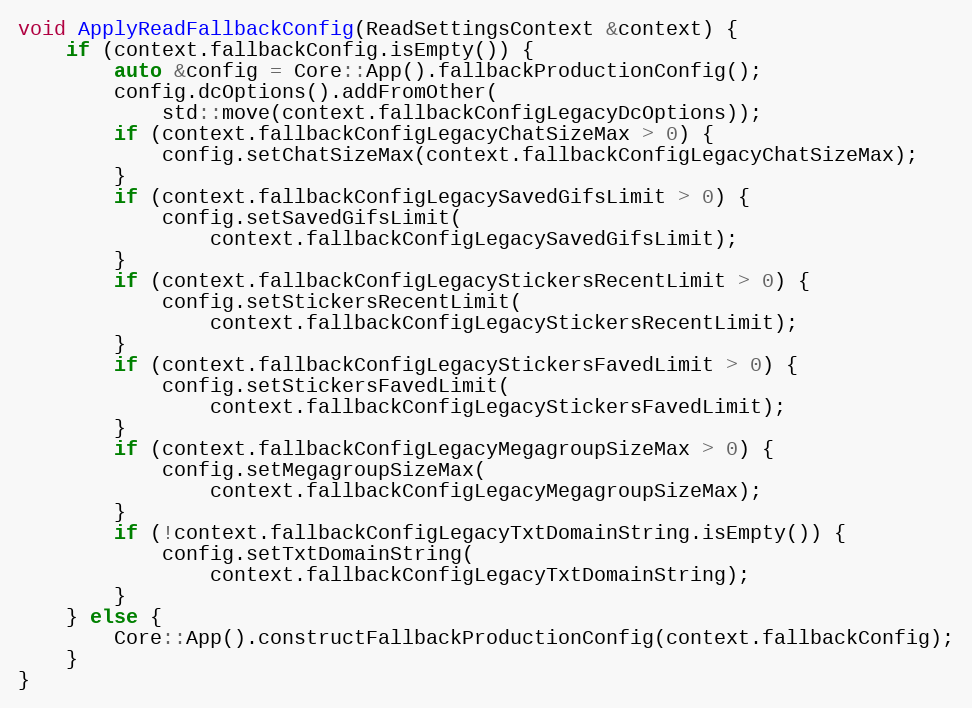
Language: C++
void ApplyReadFallbackConfig(ReadSettingsContext &context) {
	if (context.fallbackConfig.isEmpty()) {
		auto &config = Core::App().fallbackProductionConfig();
		config.dcOptions().addFromOther(
			std::move(context.fallbackConfigLegacyDcOptions));
		if (context.fallbackConfigLegacyChatSizeMax > 0) {
			config.setChatSizeMax(context.fallbackConfigLegacyChatSizeMax);
		}
		if (context.fallbackConfigLegacySavedGifsLimit > 0) {
			config.setSavedGifsLimit(
				context.fallbackConfigLegacySavedGifsLimit);
		}
		if (context.fallbackConfigLegacyStickersRecentLimit > 0) {
			config.setStickersRecentLimit(
				context.fallbackConfigLegacyStickersRecentLimit);
		}
		if (context.fallbackConfigLegacyStickersFavedLimit > 0) {
			config.setStickersFavedLimit(
				context.fallbackConfigLegacyStickersFavedLimit);
		}
		if (context.fallbackConfigLegacyMegagroupSizeMax > 0) {
			config.setMegagroupSizeMax(
				context.fallbackConfigLegacyMegagroupSizeMax);
		}
		if (!context.fallbackConfigLegacyTxtDomainString.isEmpty()) {
			config.setTxtDomainString(
				context.fallbackConfigLegacyTxtDomainString);
		}
	} else {
		Core::App().constructFallbackProductionConfig(context.fallbackConfig);
	}
}